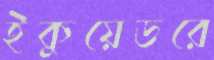
ইকুয়েডরে